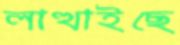
লাত্থাইছে